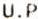
U.P